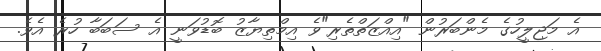
އެ މަޖިލީހުގެ މެންބަރުން "އިއްޒަތްތެރި"ވެ އިމްތިޔާޒު ބޮޑުވަނީ އެ ސަބަބާ ހުރެ އެވެ.